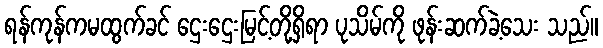
ရန်ကုန်ကမထွက်ခင် ဌေးဌေးမြင့်တို့ရှိရာ ပုသိမ်ကို ဖုန်းဆက်ခဲ့သေး သည်။